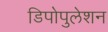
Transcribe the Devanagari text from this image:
डिपोपुलेशन